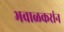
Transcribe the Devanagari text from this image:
भवाळकरांन